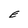
Character: E